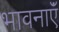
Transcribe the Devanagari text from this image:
भावनाएॅं